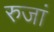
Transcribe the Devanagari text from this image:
रुजां